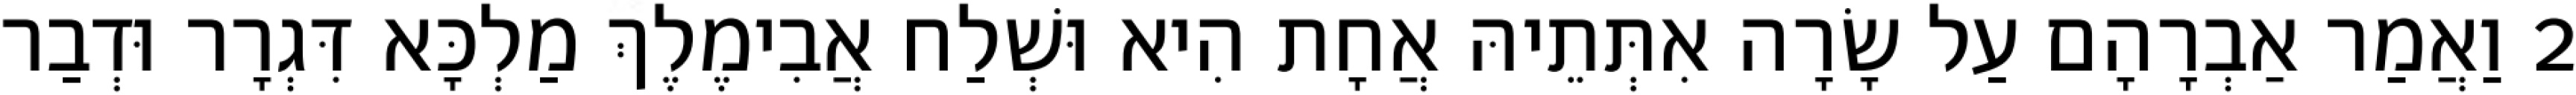
2 וַאֲמַר אַבְרָהָם עַל שָׂרָה אִתְּתֵיהּ אֲחָת הִיא וּשְׁלַח אֲבִימֶלֶךְ מַלְכָּא דִּגְרָר וּדְבַר